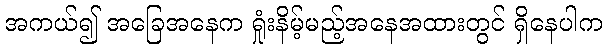
အကယ်၍ အခြေအနေက ရှုံးနိမ့်မည့်အနေအထားတွင် ရှိနေပါက